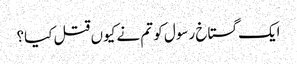
ایک گستاخ رسول کو تم نے کیوں قتل کیا؟